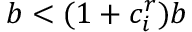
b < ( 1 + c _ { i } ^ { r } ) b